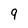
Character: 9